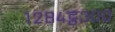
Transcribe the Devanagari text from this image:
१२८४ट्ठ३००